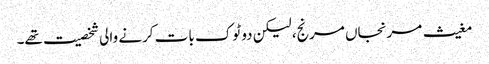
مغیث مرنجاں مرنج، لیکن دو ٹوک بات کرنے والی شخصیت تھے۔